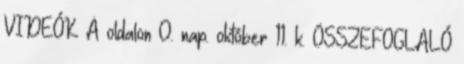
VIDEÓK A oldalon 0. nap. október 11. k. ÖSSZEFOGLALÓ